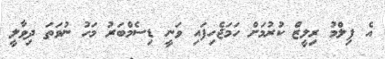
އެ ފިލްމު ރިލީޒް ކުރުމަށް ހަމަޖެހިފައި ވަނީ ޑިސެމްބަރު މަހު ނުވަތަ ދިވާލީ